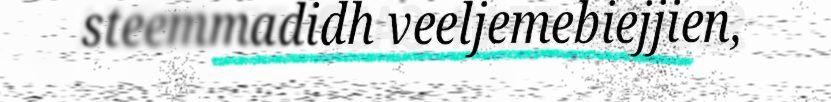
steemmadidh veeljemebiejjien,